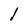
Character: 1